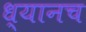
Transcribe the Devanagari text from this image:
ध्यानच